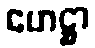
ဟေဋ္ဌာ